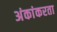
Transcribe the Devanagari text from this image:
अंकांकरता